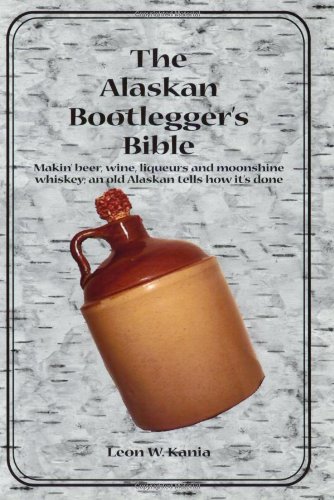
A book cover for The Alaskan Bootlegger's Bible: Making Beer, Wine, Liqueurs and Moonshine whiskey; Leon W. Kania; Cookbooks, Food & Wine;